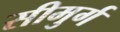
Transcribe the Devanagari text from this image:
सीमुर्ग